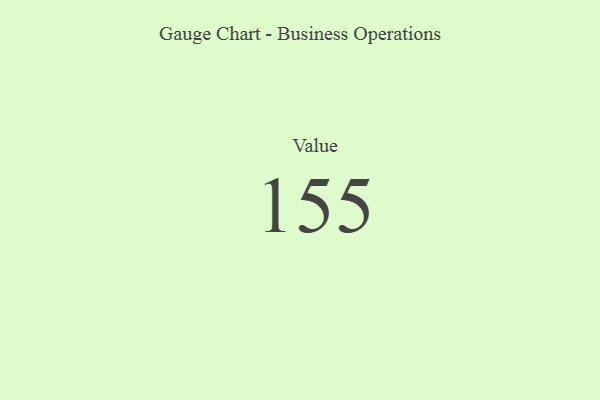
{"axis": {"x": "Metric", "y": "Value"}, "legend": [""], "data": [{"x": "Value", "y": 155, "type": ""}]}